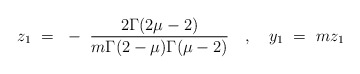
\begin{align*}z_1 ~=~ -~ \frac{2\Gamma(2\mu-2)}{m\Gamma(2-\mu)\Gamma(\mu-2)} ~~~,~~~ y_1 ~=~ m z_1\end{align*}